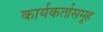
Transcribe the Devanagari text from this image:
कार्यकर्तासमूह